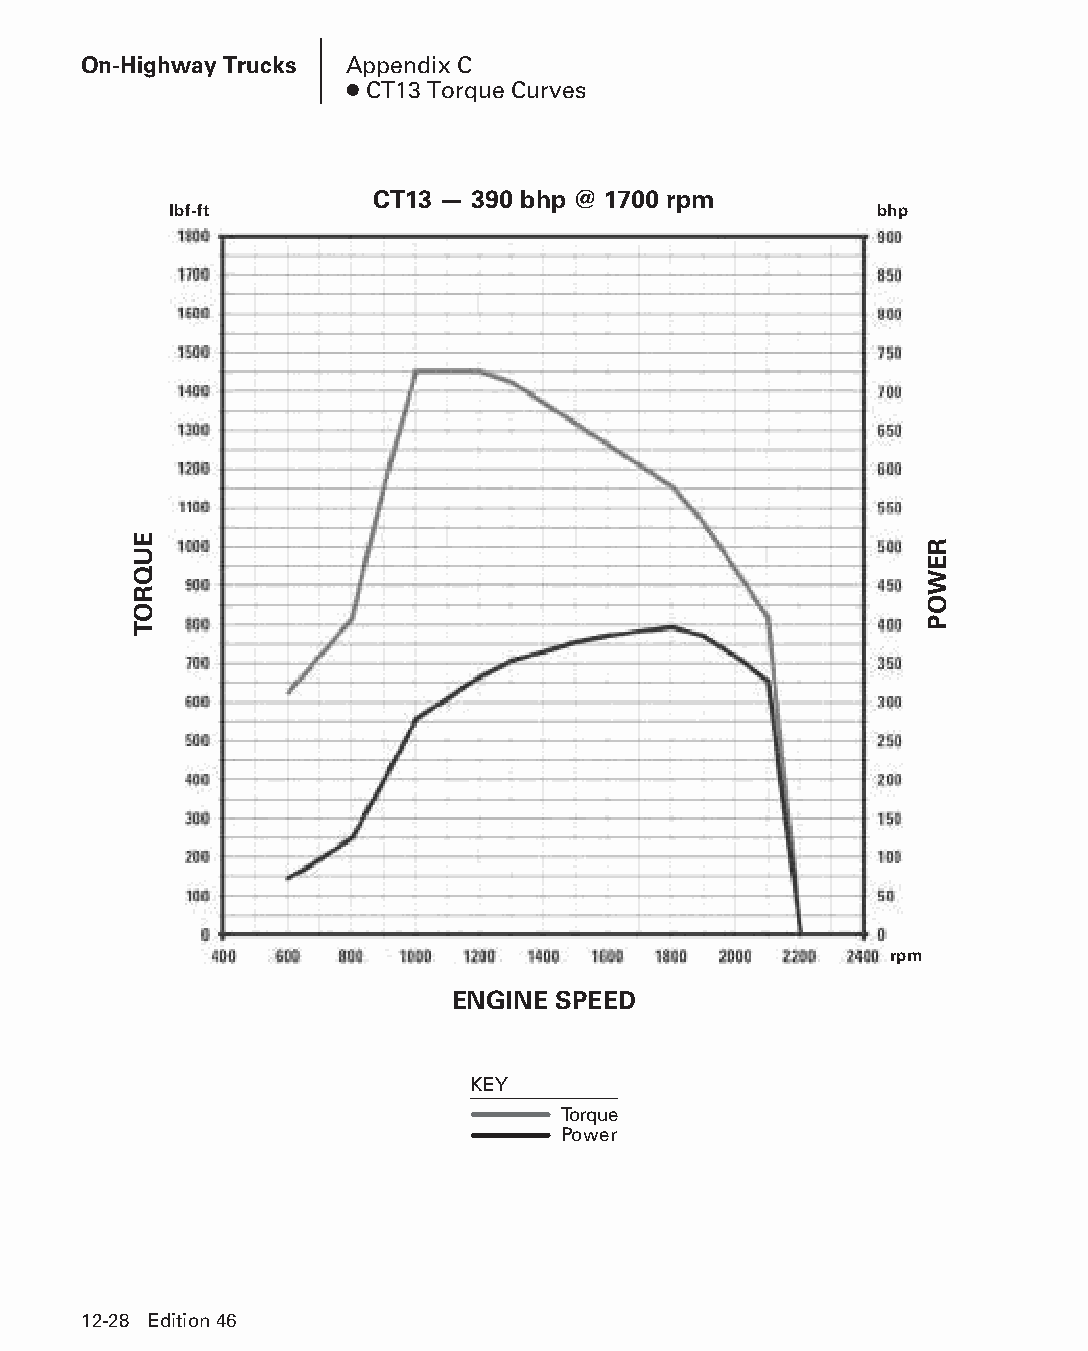
On-Highway Trucks Appendix C
 ● CT13 Torque Curves
 CT13 — 390 bhp @ 1700 rpm
 lbf-ft                                        bhp
 rpm
 ENGINE SPEED
 KEY
 Torque
 Power
 12-28 Edition 46
 PPHHBB--SSeecc1122--1166..iinndddd 2288                        1122//44//1155 1100::4477 AAMM
 EUQROT
 REWOP